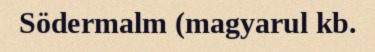
Södermalm (magyarul kb.